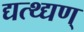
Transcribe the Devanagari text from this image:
द्यत्थ्द्यण्